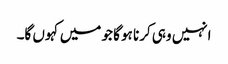
انہیں وہی کرنا ہو گا جو میں کہوں گا۔